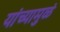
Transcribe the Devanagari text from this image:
यांच्यामुळं